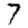
Digit: 7